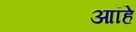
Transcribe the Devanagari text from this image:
आॉहे